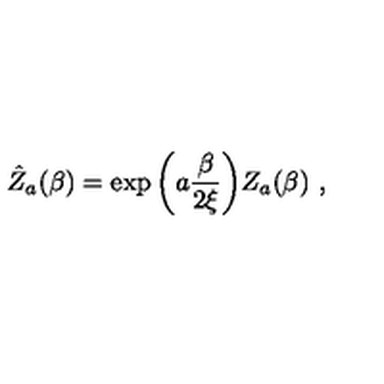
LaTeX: \hat { Z } _ { a } ( \beta ) = \exp \bigg ( a { \frac { \beta } { 2 \xi } } \bigg ) Z _ { a } ( \beta ) \ ,